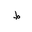
Letter: _da